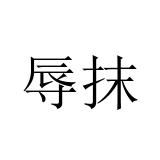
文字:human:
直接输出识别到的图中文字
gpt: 辱抹